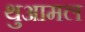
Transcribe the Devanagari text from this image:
थुआमल